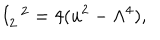
LaTeX: I _ { 2 } ^ { \; \; 2 } = 4 ( u ^ { 2 } - \Lambda ^ { 4 } ) ,